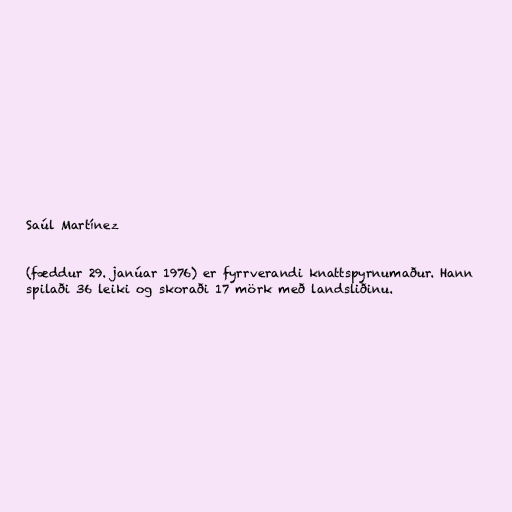
Saúl Martínez

(fæddur 29. janúar 1976) er fyrrverandi knattspyrnumaður. Hann
spilaði 36 leiki og skoraði 17 mörk með landsliðinu.